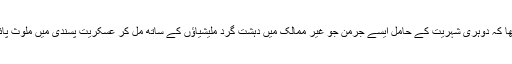
گزشتہ ماہ ہی جرمن وزیر داخلہ تھوماس ڈے میزئر نے کہا تھا کہ دوہری شہریت کے حامل ایسے جرمن جو غیر ممالک میں دہشت گرد ملیشیاؤں کے ساتھ مل کر عسکریت پسندی میں ملوث پائے جائیں گے، ان کی جرمن شہریت منسوخ کی جا سکتی ہے۔